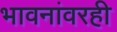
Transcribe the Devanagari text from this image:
भावनांवरही